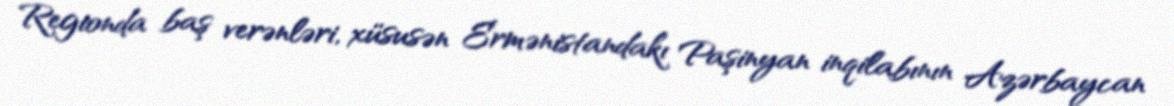
Regionda baş verənləri, xüsusən Ermənistandakı Paşinyan inqilabının Azərbaycan